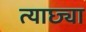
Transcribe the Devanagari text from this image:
त्याछ्या